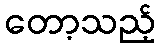
တော့သည့်